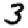
Digit: 3